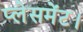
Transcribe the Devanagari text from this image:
प्लेसमेंट।